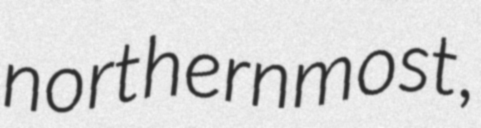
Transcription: northernmost,